Civil Veterinary Department. Central Provinces & Berar 1925-31 - 1925-1931
Year: 1925
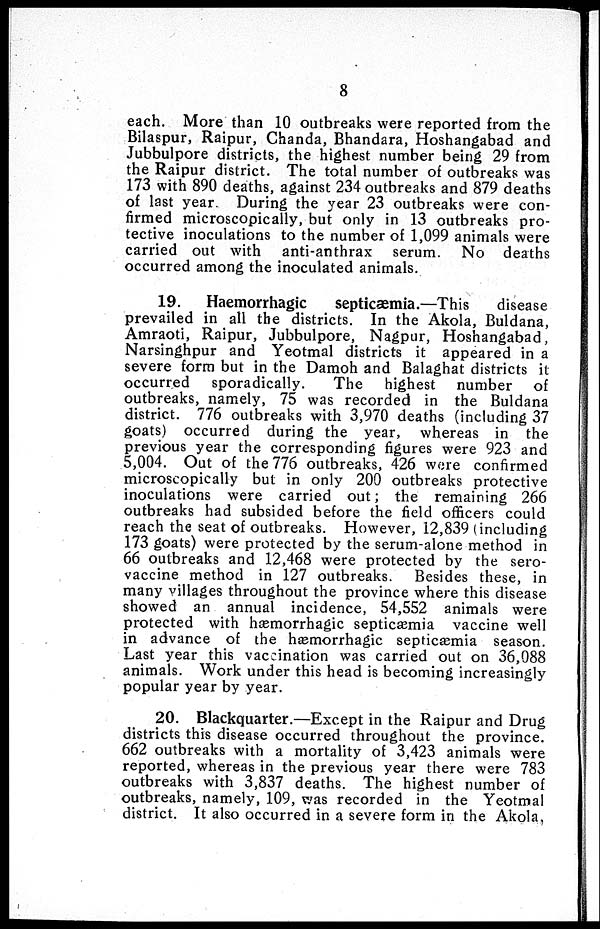
8
each. More than 10 outbreaks were reported from the
Bilaspur, Raipur, Chanda, Bhandara, Hoshangabad and
Jubbulpore districts, the highest number being 29 from
the Raipur district. The total number of outbreaks was
173 with 890 deaths, against 234 outbreaks and 879 deaths
of last year. During the year 23 outbreaks were con-
firmed microscopically, but only in 13 outbreaks pro-
tective inoculations to the number of 1,099 animals were
carried out with anti-anthrax serum. No deaths
occurred among the inoculated animals.
19.
Haemorrhagic
septicæmia.—This
disease
prevailed in all the districts. In the Akola, Buldana,
Amraoti, Raipur, Jubbulpore, Nagpur, Hoshangabad,
Narsinghpur and Yeotmal districts it appeared in a
severe form but in the Damoh and Balaghat districts it
occurred
sporadically.
The highest number of
outbreaks, namely, 75 was recorded in the Buldana
district. 776 outbreaks with 3,970 deaths (including 37
goats) occurred during the year, whereas in the
previous year the corresponding figures were 923 and
5,004. Out of the 776 outbreaks, 426 were confirmed
microscopically but in only 200 outbreaks protective
inoculations were carried out; the remaining 266
outbreaks had subsided before the field officers could
reach the seat of outbreaks. However, 12,839 (including
173 goats) were protected by the serum-alone method in
66 outbreaks and 12,468 were protected by the sero-
vaccine method in 127 outbreaks. Besides these, in
many villages throughout the province where this disease
showed an annual incidence, 54,552 animals were
protected with hæmorrhagic septicæmia vaccine well
in advance of the hæmorrhagic septicæmia season.
Last year this vaccination was carried out on 36,088
animals. Work under this head is becoming increasingly
popular year by year.
20. Blackquarter.—Except in the Raipur and Drug
districts this disease occurred throughout the province.
662 outbreaks with a mortality of 3,423 animals were
reported, whereas in the previous year there were 783
outbreaks with 3,837 deaths. The highest number of
outbreaks, namely, 109, was recorded in the Yeotmal
district. It also occurred in a severe form in the Akola